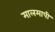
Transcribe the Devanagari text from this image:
मालमापी